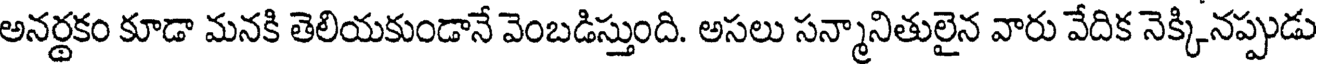
అనర్థకం కూడా మనకి తెలియకుండానే వెంబడిస్తుంది. అసలు సన్మానితులైన వారు వేదిక నెక్కినప్పుడు